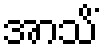
အာသိံ